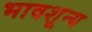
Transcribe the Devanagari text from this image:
भावशून्‍य